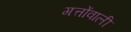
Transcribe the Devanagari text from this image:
गत्तोंवाली